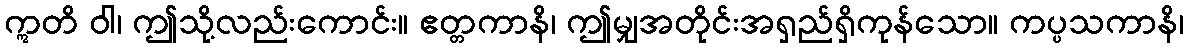
ဣတိ ဝါ၊ ဤသို့လည်းကောင်း။ ဧတ္တကာနိ၊ ဤမျှအတိုင်းအရှည်ရှိကုန်သော။ ကပ္ပသကာနိ၊